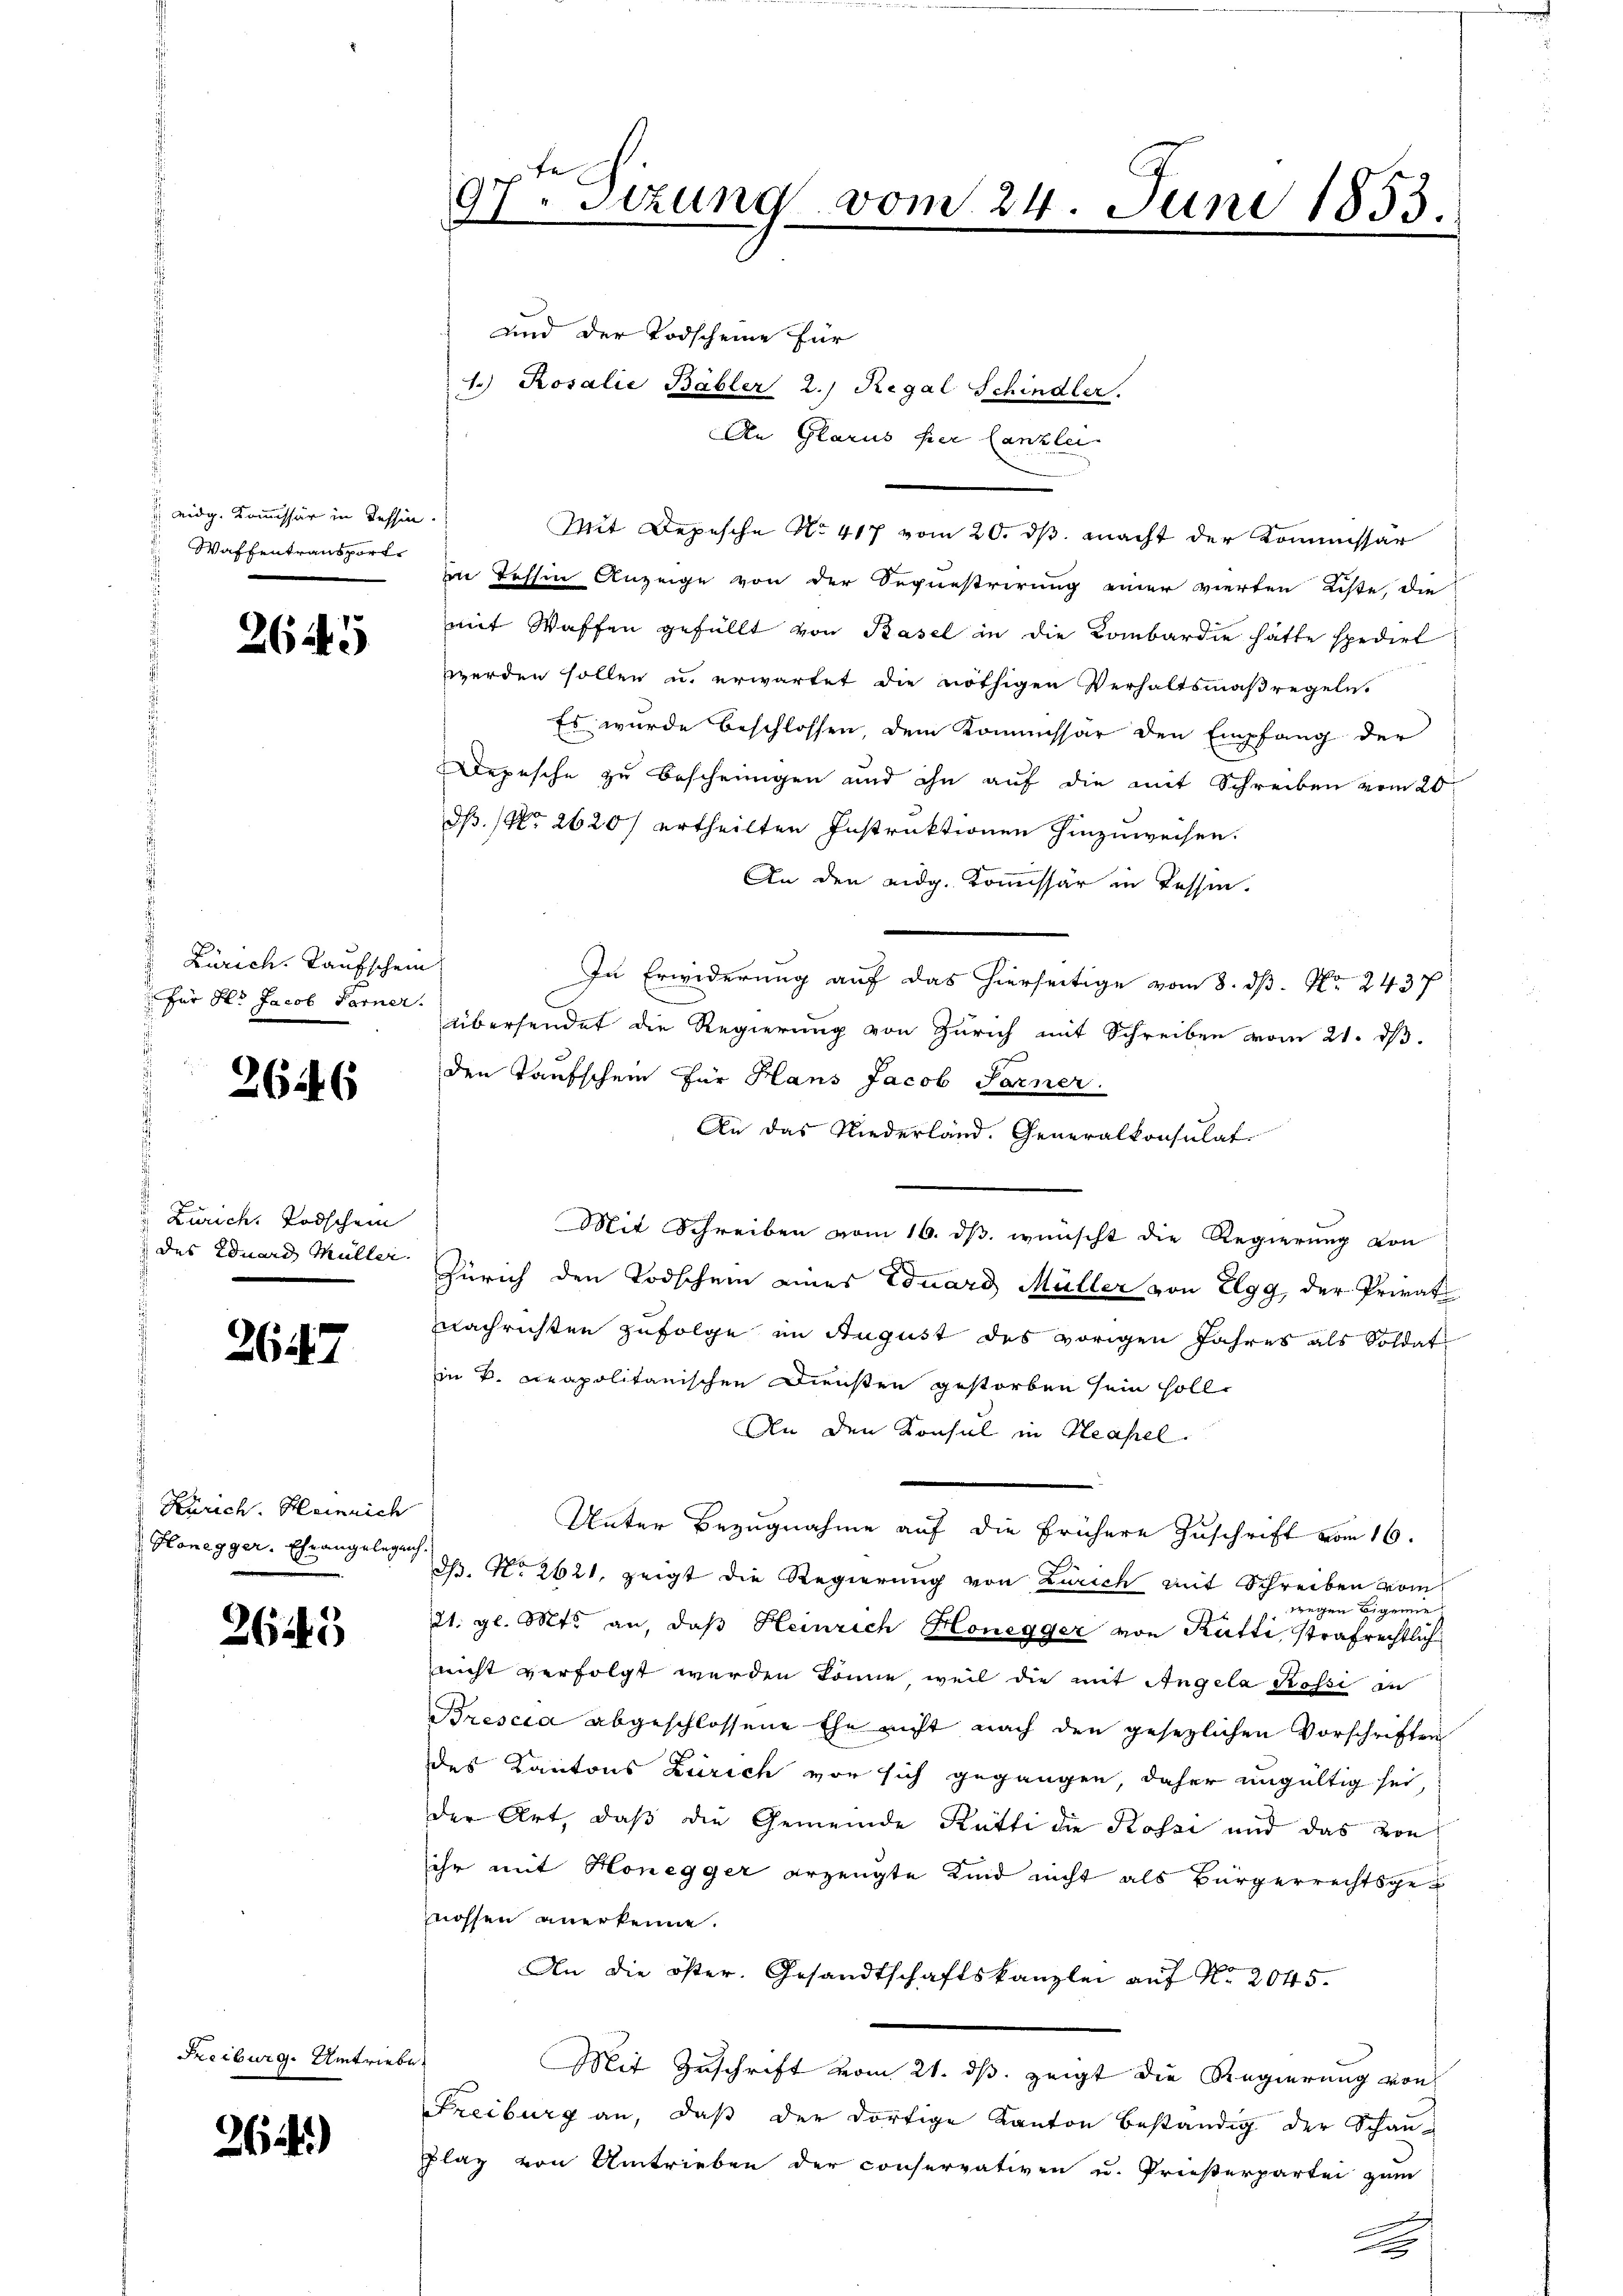
eidg. Kommissär in Tessin.
 Waffentransporte

2645

Zürich, Taufschein
für Hr. Jacob Ferner.

264. 6

Zürich. Todschein
des Eduard Müller.

2647

Zürich. Heinrich
 Honegger, Ehrangelegenh

265

Freiburg. Umtriebe

264)

97. Sitzung vom 24. Juni 1853.

und der Todscheine für
1.) Rosalie Bäbler 2.) Regal Schindler.
An Glarus her Canzle
Mit Depesche No 417 vom 20. ds. macht der Kommissar
in dessen Anzeige von der Sequestrirung einer vierten Liste, die
mit Waffen gefüllt von Basel in die Kombardie hätte spedirt
werden sollen u. erwartet die nöthigen Verhaltsmaßregeln.
Es wurde beschlossen dem Kommissär den Empfang der
Depesche zu bescheinigen und ihn auf die mit Schreiben vom 20
dß. No 2620/ ertheilten Instruktionen hinzuweisen.
An den eidg. Kommissar in Tessin.
In Erwiderung auf das hierseitige vom 8. ds. Nr. 2437
übersendet die Regierung von Zürich mit Schreiben vom 21. ds.
den Taufschein für Hans Jacob Sarner
An das Niederland. Generalkonsulat
Mit Schreiben vom 16. ds. wünscht die Regierung von
Zürich den Todschein eines Eduard Müller von Elgg, der Privat
nachrichten zufolge im August des vorigen Jahres als Soldat
in v. cpapolitanischen Diensten gestorben sein soll.
An den Konsul in Hasel.
Unter Bezugnahme auf die frühere Zuschrift vom 16.
Th. No 2621, zeigt die Regierung von Zürich mit Schreiben vom
wegen Eigenne
21. gl. Mts. an, daβ Heinrich Honegger von Rütti, strafrechtlich
nicht verfolgt werden könne, weil die mit Angela Possi in
Brescia abgeschlossene Ehe nicht nach den gesetzlichen Vorschriften
des Kantons Zürich vor sich gegangen, daher ungültig sei
der Art, daß die Gemeinde Rütti die Kossi und das von
sihr mit Honegger erzeugte Kind nicht als Bürgerrechtsgenossen anerkenne.
An die öster. Gesandtschaftskanzlei auf Nr. 2045.
s
Mit Zuschrift vom 21. ds. zeigt die Regierung von
Freiburg an, daß der dortige Kanton beständig der Schau-
plaz von Umtrieben der conservativen u. Prießerpartei zum
x